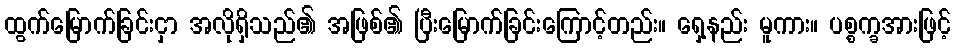
ထွက်မြောက်ခြင်းငှာ အလိုရှိသည်၏ အဖြစ်၏ ပြီးမြောက်ခြင်းကြောင့်တည်း။ ရှေ့နည်း မူကား။ ပစ္စက္ခအားဖြင့်